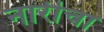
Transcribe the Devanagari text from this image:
नारीचा